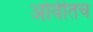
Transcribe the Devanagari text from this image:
ओवीतच